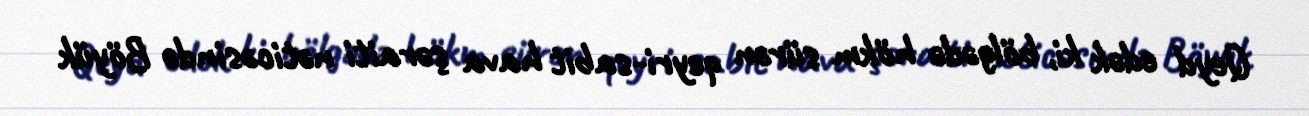
Qeyd edək ki, bölgədə hökm sürən qeyri-sabit hava şəraiti nəticəsində Böyük